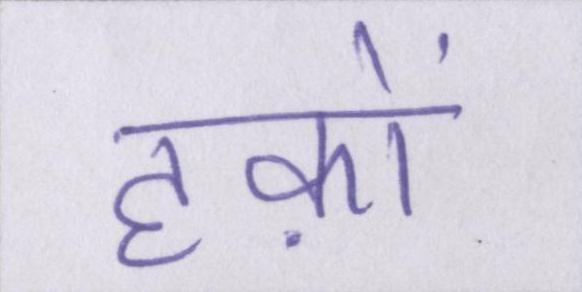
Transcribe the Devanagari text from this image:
हक़ों